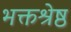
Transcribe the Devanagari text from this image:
भक्तश्रेष्ठ